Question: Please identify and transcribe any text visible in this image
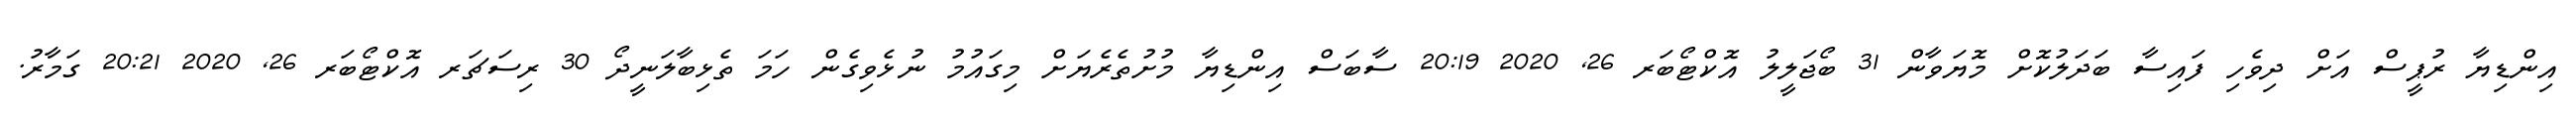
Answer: އިންޑިޔާ ރުޕީސް އަށް ދިވެހި ފައިސާ ބަދަލުކޮށް މޮޔަވާން 31 ބޯޖަލީލު އޮކްޓޯބަރ 26, 2020 20:19 ސާބަސް އިންޑިޔާ މުށުތެރެޔަށް މިގައުމު ނުޅެވިގެން ހަމަ ތެޅިބާލަނީދޯ 30 ރިސަޗަރ އޮކްޓޯބަރ 26, 2020 20:21 ގަމާރު.